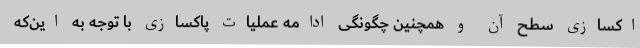
اکسازی سطح آن و همچنین چگونگی ادامه عملیات پاکسازی با توجه به این‌که